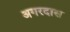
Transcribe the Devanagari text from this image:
अगरदास